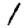
Digit: 1